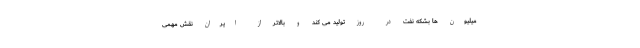
میلیون ها بشکه نفت در روز تولید می کند و بالاتر از ایران نقش مهمی